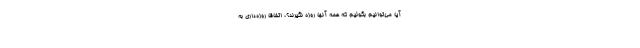
آیا می‌توانیم بگوئیم که همه آنها روزه نگیرند؟، اتفاقا روزه‌داری به